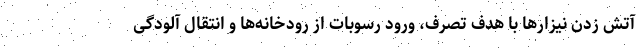
آتش زدن نیزارها با هدف تصرف، ورود رسوبات از رودخانه‌ها و انتقال آلودگی